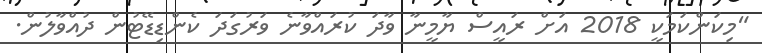
"މިކަންކަމަކީ 2018 އަށް ރައީސް ޔާމީނާ ވާދަ ކުރައްވާނެ ވަރުގަދަ ކެންޑިޑޭޓުން ދުއްވާލުން.